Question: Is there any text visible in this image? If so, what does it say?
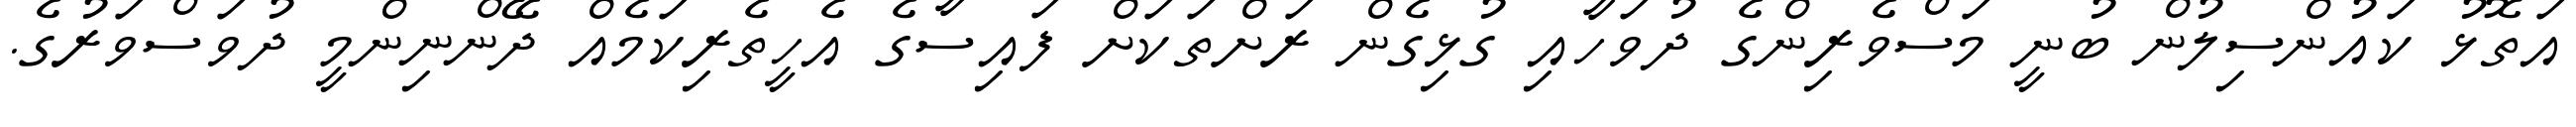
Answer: އަތޮޅު ކައުންސިލުން ބުނީ މަސްވެރިންގެ ދުވަހާއި ގުޅިގެން ރަށްތަކަށް ފައިސާގެ އެހީތެރިކަމެއް ދޭންނިންމީ ދުވަސްވަރުގެ.